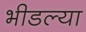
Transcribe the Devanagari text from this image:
भीडल्या